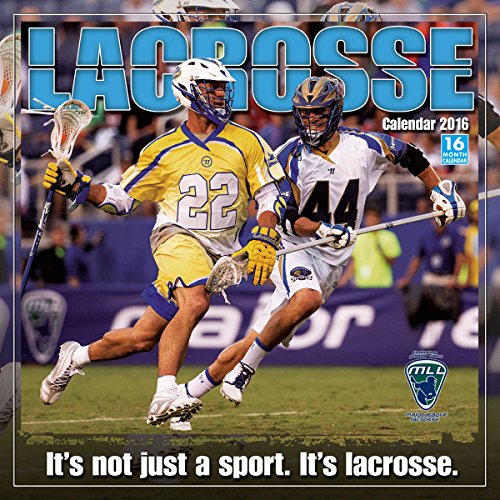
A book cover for Lacrosse 2016 Wall Calendar; bCreative; Arts & Photography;